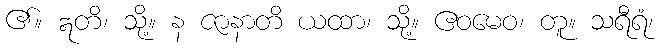
၏။ ဣတိ၊ သို့။ န ဇာနာတိ ယထာ၊ သို့။ ဧဝမေဝ၊ တူ။ သရီရံ၊